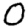
Digit: 0